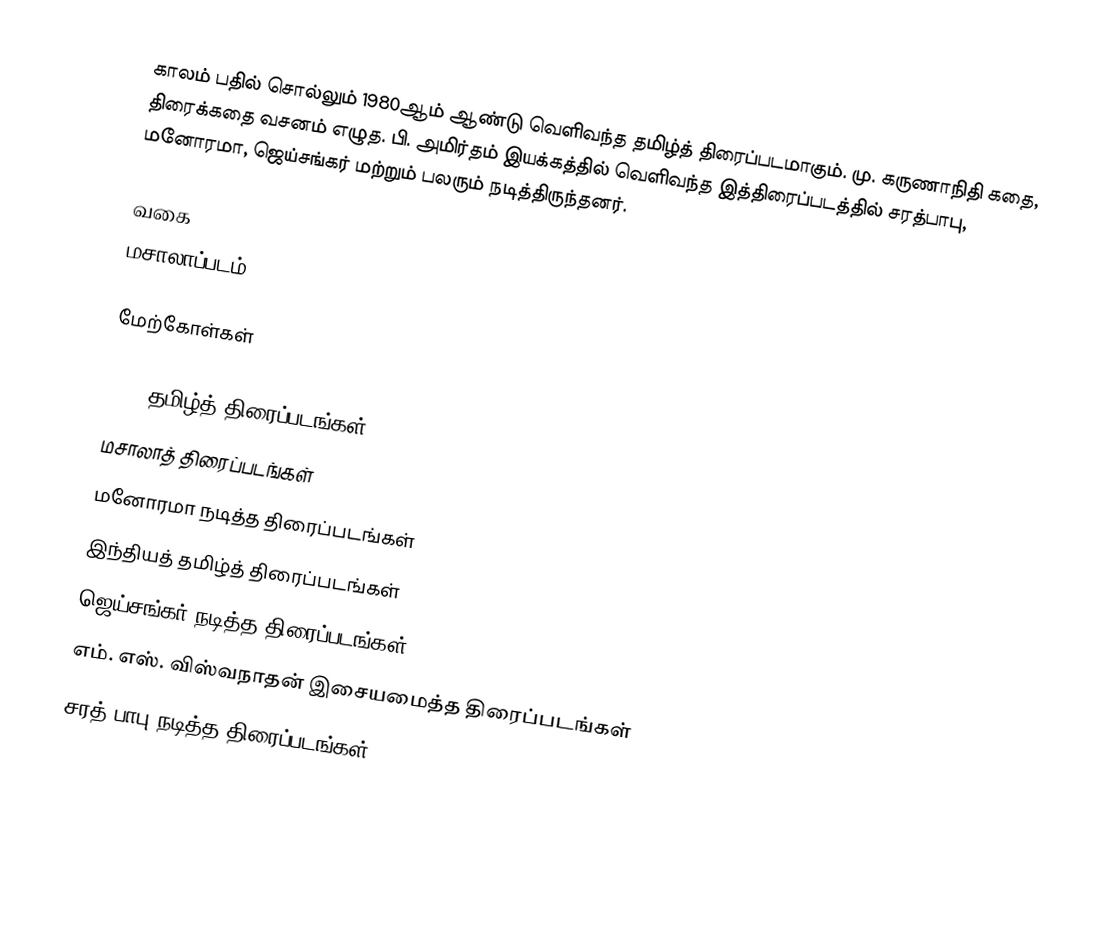
காலம் பதில் சொல்லும் 1980ஆம் ஆண்டு வெளிவந்த தமிழ்த் திரைப்படமாகும்.  மு. கருணாநிதி கதை, திரைக்கதை வசனம் எழுத.  பி. அமிர்தம் இயக்கத்தில் வெளிவந்த இத்திரைப்படத்தில் சரத்பாபு, மனோரமா, ஜெய்சங்கர் மற்றும் பலரும் நடித்திருந்தனர்.

வகை
மசாலாப்படம்

மேற்கோள்கள்

1980 தமிழ்த் திரைப்படங்கள்
மசாலாத் திரைப்படங்கள்
மனோரமா நடித்த திரைப்படங்கள்
இந்தியத் தமிழ்த் திரைப்படங்கள்
ஜெய்சங்கர் நடித்த திரைப்படங்கள்
எம். எஸ். விஸ்வநாதன் இசையமைத்த திரைப்படங்கள்
சரத் பாபு நடித்த திரைப்படங்கள்